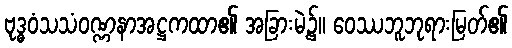
ဗုဒ္ဓဝံသသံဝဏ္ဏနာအဋ္ဌကထာ၏ အခြားမဲ့၌။ ဝေဿဘူဘုရားမြတ်၏